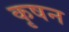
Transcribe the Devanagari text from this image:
कृषन